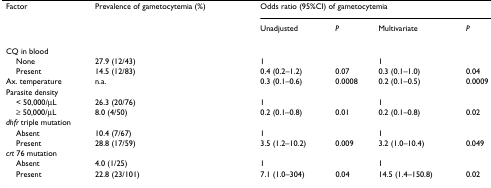
<table><thead><tr><td><b>Factor</b></td><td><b>Prevalence of gametocytemia (%)</b></td><td colspan="4"><b>Odds ratio (95%CI) of gametocytemia</b></td></tr><tr><td></td><td></td><td><b>Unadjusted</b></td><td><b><i>P</i></b></td><td><b>Multivariate</b></td><td><b><i>P</i></b></td></tr></thead><tbody><tr><td colspan="6">CQ in blood</td></tr><tr><td> None</td><td>27.9 (12/43)</td><td>1</td><td></td><td>1</td><td></td></tr><tr><td> Present</td><td>14.5 (12/83)</td><td>0.4 (0.2–1.2)</td><td>0.07</td><td>0.3 (0.1–1.0)</td><td>0.04</td></tr><tr><td>Ax. temperature</td><td>n.a.</td><td>0.3 (0.1–0.6)</td><td>0.0008</td><td>0.2 (0.1–0.5)</td><td>0.0009</td></tr><tr><td colspan="6">Parasite density</td></tr><tr><td> &lt; 50,000/μL</td><td>26.3 (20/76)</td><td>1</td><td></td><td>1</td><td></td></tr><tr><td> ≥ 50,000/μL</td><td>8.0 (4/50)</td><td>0.2 (0.1–0.8)</td><td>0.01</td><td>0.2 (0.1–0.8)</td><td>0.02</td></tr><tr><td colspan="6"><i>dhfr </i>triple mutation</td></tr><tr><td> Absent</td><td>10.4 (7/67)</td><td>1</td><td></td><td>1</td><td></td></tr><tr><td> Present</td><td>28.8 (17/59)</td><td>3.5 (1.2–10.2)</td><td>0.009</td><td>3.2 (1.0–10.4)</td><td>0.049</td></tr><tr><td colspan="6"><i>crt </i>76 mutation</td></tr><tr><td> Absent</td><td>4.0 (1/25)</td><td>1</td><td></td><td>1</td><td></td></tr><tr><td> Present</td><td>22.8 (23/101)</td><td>7.1 (1.0–304)</td><td>0.04</td><td>14.5 (1.4–150.8)</td><td>0.02</td></tr></tbody></table>